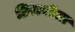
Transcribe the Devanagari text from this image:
हिरानीला